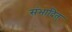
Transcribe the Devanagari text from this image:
संभादित्